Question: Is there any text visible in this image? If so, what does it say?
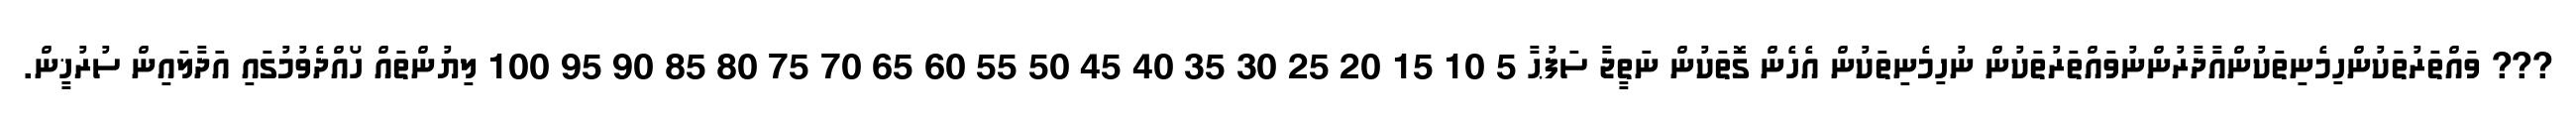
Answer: ??? ވައްތަރުތަކުންހިމެނިތަކުންއާދާރުންނުވައްތަރުތަކުން ނުހިމެނިތަކުން އެހެން ގޮތަކުން ނަތީޖާ ސަފުޙާ 5 10 15 20 25 30 35 40 45 50 55 60 65 70 75 80 85 90 95 100 ލިޔުންތައް ހޯއްދެވުމުގައި އަދާލައިން ސުރުޚީން.